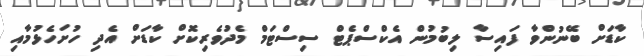
ކާޑަށް ބޭނުންވާ ފައިސާ ލިބުމުން އެކްސްޕެޓް ސިސްޓަމް މެދުވެރިކޮށް ކާޑަށް އެދި ހުށަހެޅުމާއި